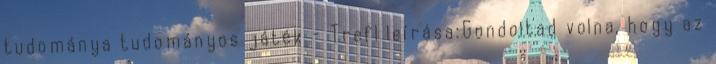
tudománya tudományos játék - Trefl leírása:Gondoltad volna, hogy az